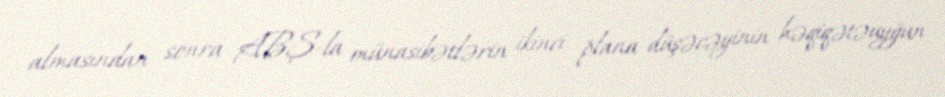
almasından sonra ABŞ-la münasibətlərin ikinci plana düşəcəyinin həqiqətəuyğun